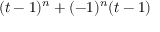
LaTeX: ( t - 1 ) ^ { n } + ( - 1 ) ^ { n } ( t - 1 )